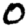
Digit: 0